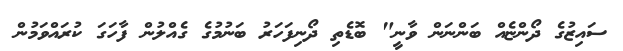
ސައިޒުގެ ދޯންޏެއް ބަންނަން ވާނީ" ބޮޑެތި ދޯނިފަހަރު ބަނުމުގެ ގެއްލުން ފާހަގަ ކުރައްވަމުން